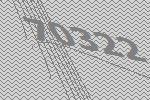
70322